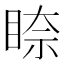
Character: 𥇧